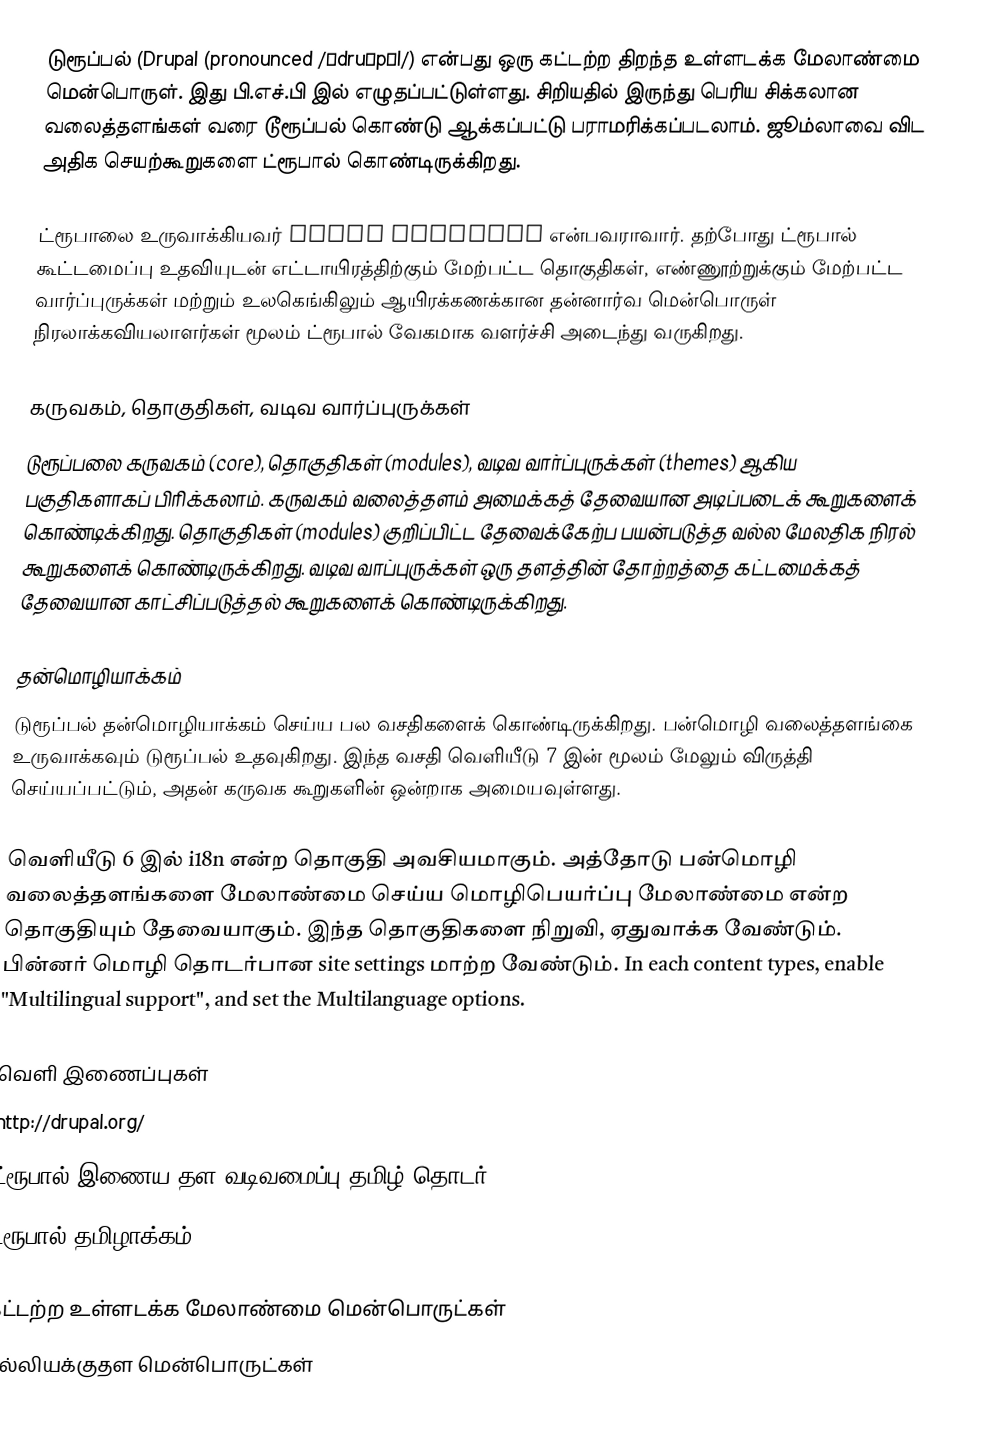
டுரூப்பல் (Drupal (pronounced /ˈdruːpəl/) என்பது ஒரு கட்டற்ற திறந்த உள்ளடக்க மேலாண்மை மென்பொருள். இது பி.எச்.பி இல் எழுதப்பட்டுள்ளது. சிறியதில் இருந்து பெரிய சிக்கலான வலைத்தளங்கள் வரை டூரூப்பல் கொண்டு ஆக்கப்பட்டு பராமரிக்கப்படலாம். ஜூம்லாவை விட அதிக செயற்கூறுகளை ட்ரூபால் கொண்டிருக்கிறது.

ட்ரூபாலை உருவாக்கியவர் Dries Buytaert என்பவராவார். தற்போது ட்ரூபால் கூட்டமைப்பு உதவியுடன் எட்டாயிரத்திற்கும் மேற்பட்ட தொகுதிகள், எண்ணூற்றுக்கும் மேற்பட்ட வார்ப்புருக்கள் மற்றும் உலகெங்கிலும் ஆயிரக்கணக்கான தன்னார்வ மென்பொருள் நிரலாக்கவியலாளர்கள் மூலம் ட்ரூபால் வேகமாக வளர்ச்சி அடைந்து வருகிறது.

கருவகம், தொகுதிகள், வடிவ வார்ப்புருக்கள்
டுரூப்பலை கருவகம் (core), தொகுதிகள் (modules), வடிவ வார்ப்புருக்கள் (themes) ஆகிய பகுதிகளாகப் பிரிக்கலாம். கருவகம் வலைத்தளம் அமைக்கத் தேவையான அடிப்படைக் கூறுகளைக் கொண்டிக்கிறது. தொகுதிகள் (modules) குறிப்பிட்ட தேவைக்கேற்ப பயன்படுத்த வல்ல மேலதிக நிரல் கூறுகளைக் கொண்டிருக்கிறது. வடிவ வாப்புருக்கள் ஒரு தளத்தின் தோற்றத்தை கட்டமைக்கத் தேவையான காட்சிப்படுத்தல் கூறுகளைக் கொண்டிருக்கிறது.

தன்மொழியாக்கம்
டுரூப்பல் தன்மொழியாக்கம் செய்ய பல வசதிகளைக் கொண்டிருக்கிறது. பன்மொழி வலைத்தளங்கை உருவாக்கவும் டுரூப்பல் உதவுகிறது. இந்த வசதி வெளியீடு 7 இன் மூலம் மேலும் விருத்தி செய்யப்பட்டும், அதன் கருவக கூறுகளின் ஒன்றாக அமையவுள்ளது.

வெளியீடு 6 இல் i18n என்ற தொகுதி அவசியமாகும். அத்தோடு பன்மொழி வலைத்தளங்களை மேலாண்மை செய்ய மொழிபெயர்ப்பு மேலாண்மை என்ற தொகுதியும் தேவையாகும். இந்த தொகுதிகளை நிறுவி, ஏதுவாக்க வேண்டும். பின்னர் மொழி தொடர்பான site settings மாற்ற வேண்டும். In each content types, enable "Multilingual support", and set the Multilanguage options.

வெளி இணைப்புகள்
 http://drupal.org/
 ட்ரூபால் இணைய தள வடிவமைப்பு தமிழ் தொடர்
 ட்ரூபால் தமிழாக்கம்

கட்டற்ற உள்ளடக்க மேலாண்மை மென்பொருட்கள்
பல்லியக்குதள மென்பொருட்கள்